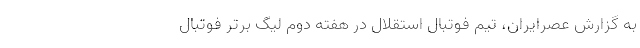
به گزارش عصرایران، تیم فوتبال استقلال در هفته دوم لیگ برتر فوتبال